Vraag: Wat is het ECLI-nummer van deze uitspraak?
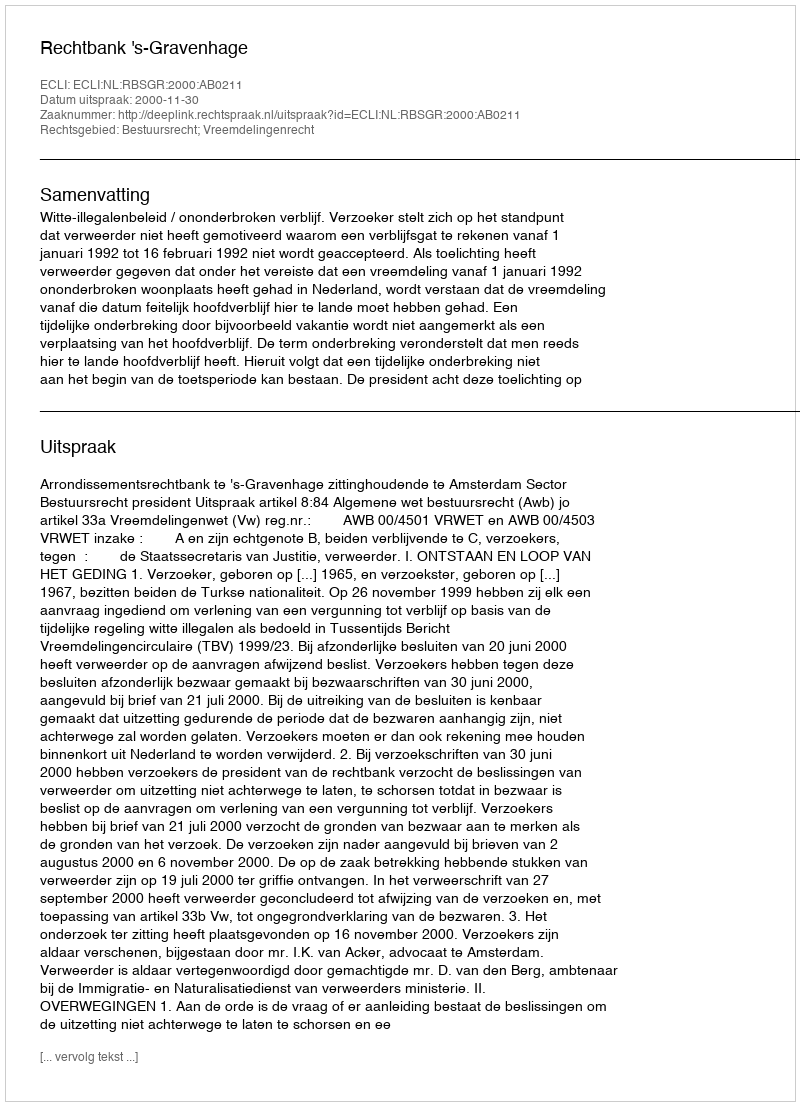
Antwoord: ECLI:NL:RBSGR:2000:AB0211